Code of medical and sanitary regulations for the guidance of medical officers serving in the Madras Presidency - Volume I
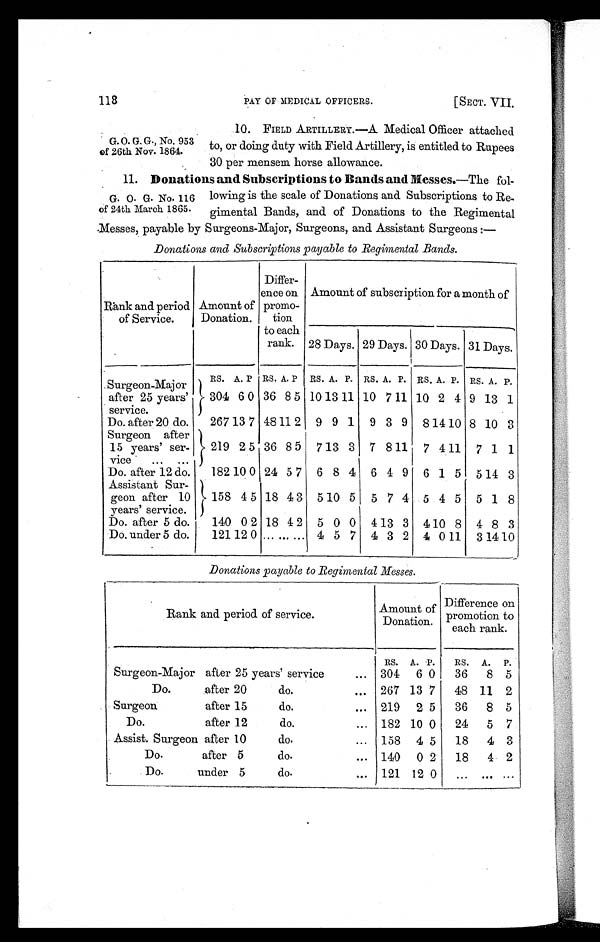
118
PAY OF MEDICAL OFFICERS.
[SECT. VII.
10. FIELD ARTILLERY.—A Medical Officer attached
G. O. G. G., No. 953 to, or doing duty with Field Artillery, is entitled to Rupees
of 26th Nov. 1864.
30 per mensem horse allowance.
11. Donations and Subscriptions to Bands and Messes.—The fol-
G. O. G. No. 116 lowing is the scale of Donations and Subscriptions to Re-
of 24th March 1865. gimental Bands, and of Donations to the Regimental
Messes, payable by Surgeons-Major, Surgeons, and Assistant Surgeons :
—
Donations and Subscriptions payable to Regimental Bands.
Rank and period
of Service.
Amount of
Donation.
Differ-
ence on
promo-
Lion
to each
rank.
Amount of subscription for a month of
28 Days. 29 Days. 30 Days. 31 Days.
RS. A. P RS. A. P RS. A. P. RS. A. P. RS. A. P. RS. A. P.
Surgeon-Major
after 25 years'
service.
304 6 0 36 8 5 10 13 11 10 7 11 10 2 4 9 13 1
Do. after 20 do.
267 13 7 48 11 2 9 9 1 9 3 9 8 14 10 8 10 3
Surgeon after
15 years' ser-
vice • ... ...
219 2 5 36 8 5 713 3 7 811
7 411 7 1 1
Do. after 12 do.
182 10 0 24 5 7 6 8 4 6 4 9 6 1 5 514 3
Assistant Sur-
geon after 10
years' service.
)
158
3
4 5 18 4 3 5 10 5 5 7 4 5 4 5 5 1 8
Do. after 5 do.
140 0 2 18 4 2 5 0 0 413 3 410 8 4 8 3
Do. under 5 do.
121 12 0 ... ... ... 4 5 7 4 3 2 4 0 11 3 14 10
Donations payable to Regimental Messes.
Rank and period of service.
Amount of
Donation.
Difference on
promotion to
each rank.
RS. A. P.
RS. A. P.
Surgeon-Major after 25 years' service
... 304
6 0
36
8 5
Do.
after 20
do
...
2 6 7 13 7
48 11 2
Surgeon
after 15
do.
... 219
2 5
36
8 5
Do.
after 12
do.
... 182 10 0
24
5 7
Assist. Surgeon after 10
do.
... 158 4 5
18
4 3
Do.
after 5
do.
... 140
0 2
18
4 2
Do.
under 5
do.
... 121
—
12
----
0
...
...